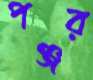
পঞ্জর